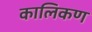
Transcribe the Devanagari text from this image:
कालिकण